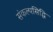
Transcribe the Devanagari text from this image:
संकल्पसिद्धि